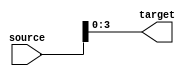
module part_select_assignment (
    input wire [15:0] source,  // 16-bit source signal
    output wire [3:0] target   // 4-bit target signal
);

// Continuous assignment of bits from source to target
assign target = source[3:0]; // Selecting bits 0 to 3 from the source

endmodule